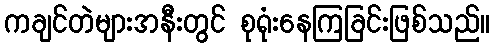
ကချင်တဲများအနီးတွင် စုရုံးနေကြခြင်းဖြစ်သည်။